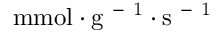
\mathrm { m m o l \cdot g ^ { \mathrm { ~ - ~ } 1 } \cdot s ^ { \mathrm { ~ - ~ } 1 } }